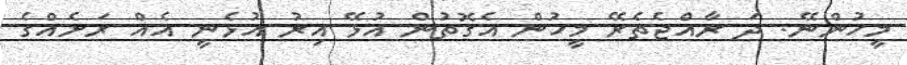
މީހުންނޭ. ދަ ރާއެްޖެތެރޭ މީހުން އެގޮތުން އުޅޭ އިރު އުޅެނީ އެއް ރަށެއްގެ